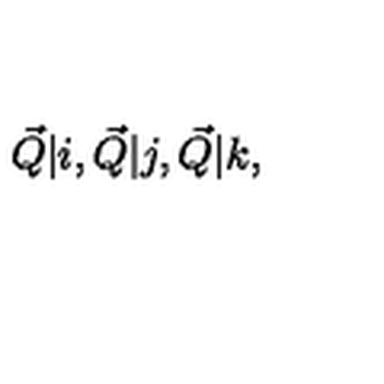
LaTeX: \vec { Q } \vert i , \vec { Q } \vert j , \vec { Q } \vert k ,